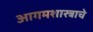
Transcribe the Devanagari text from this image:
आगमशास्त्राचे